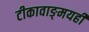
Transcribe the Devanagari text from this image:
टीकावाङ्‌मयही